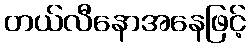
တယ်လီနောအနေဖြင့်